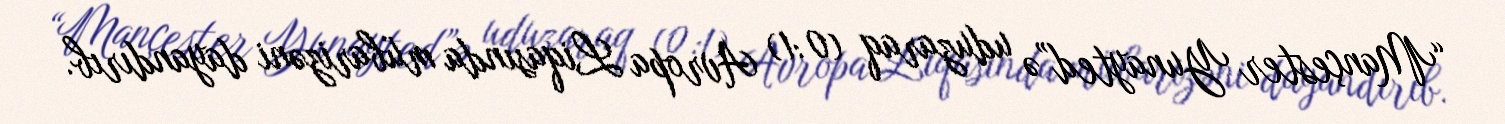
“Mançester Yunayted”ə uduzaraq (0:1) Avropa Liqasında mübarizəni dayandırıb.